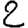
Digit: 2